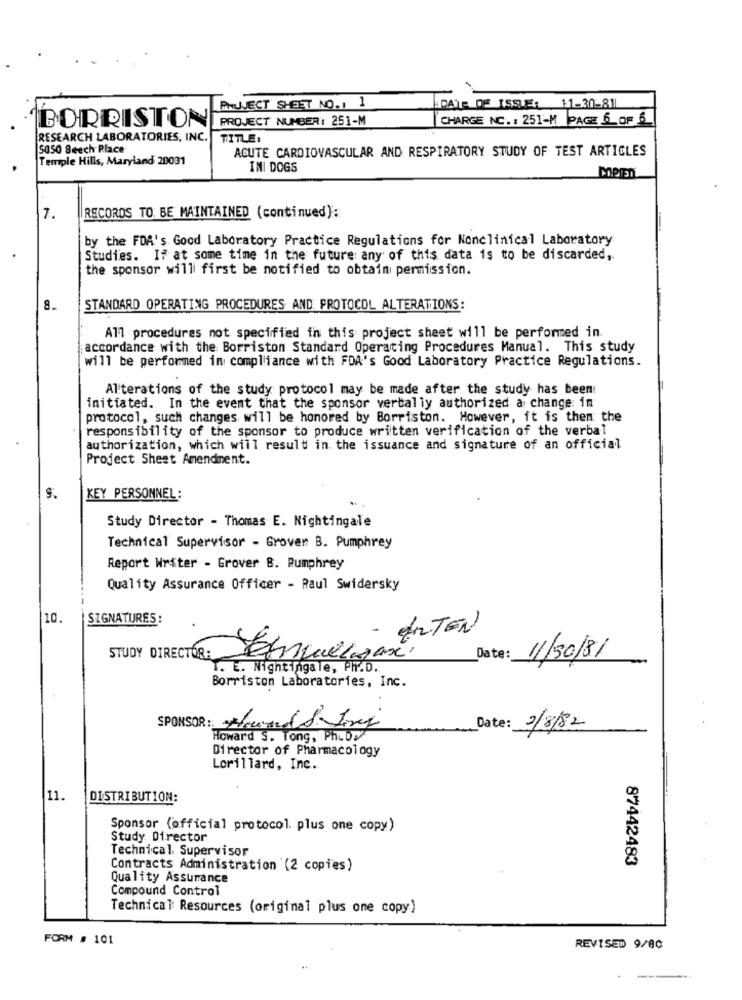
PARJJECT SHEET NO.1 1
DATE OF ISSUE: 11-30-81
BORRISTON
PROJECT NUMBER: 251-M
CHARGE NC. : 251-M PAGE 6 OF 6
RESEARCH LABORATORIES, INC.
TITLE:
S050 Beech Place
ACUTE CARDIOVASCULAR AND RESPIRATORY STUDY OF TEST ARTICLES
Temple Hills, Maryland 20031
INI DOGS
MerEn
7.
RECORDS TO BE MAINTAINED (continued):
by the FDA's Good Laboratory Practice Regulations for Nonclinical Laboratory
Studies. If at some time in the future any of this data is to be discarded,
the sponsor will first be notified to obtain permission.
8.
STANDARD OPERATING PROCEDURES AND PROTOCOL ALTERATIONS:
All procedures not specified in this project sheet will be performed in.
accordance with the Borriston Standard Operating Procedures Manual. This study
will be performed in compliance with FDA's Good Laboratory Practice Regulations.
Alterations of the study protocol may be made after the study has been!
initiated. In the event that the sponsor vertally authorized a change: im
protocol, such changes will be honored by Borriston. However, it is then the
responsibility of the sponsor to produce written verification of the verbal
authorization, which will result in. the issuance and signature of an official
Project Sheet Amendment.
9.
KEY PERSONNEL:
Study Director - Thomas E. Nightingale
Technical Supervisor - Grover B. Pumphrey
Report Writer - Grover B. Rumphrey
Quality Assurance Officer - Raul Swidersky
10.
SIGNATURES:
EnTEN
STUDY DIRECTOR:
Date:
11/30/81
I. E. Nightingale, Ph.D.
Borriston Laboratories, Inc.
SPONSOR: Sounds Try
Date: 2/8/82
Howard S. Tong, Ph.D:
Director of Pharmacology
Lorillard, Inc.
11.
DISTRIBUTION:
Sponsor (official protocol. plus one copy)
Study Director
Technical Supervisor
87442483
Contracts Administration (2 copies)
Quality Assurance
Compound Control
Technical: Resources (original plus one copy)
FORM # 101
REVISED 9/80
..